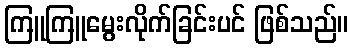
ကြူကြူမွေးလိုက်ခြင်းပင် ဖြစ်သည်။